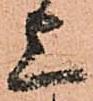
上